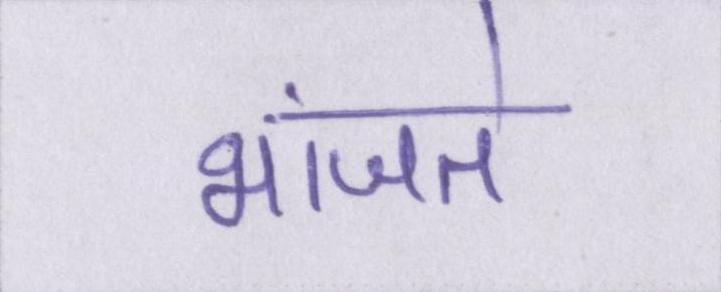
भांजते